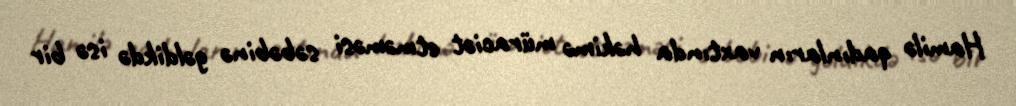
Hamilə qadınların vaxtında həkimə müraciət etməməsi səbəbinə gəldikdə isə bir